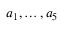
a _ { 1 } , \dots , a _ { 5 }